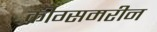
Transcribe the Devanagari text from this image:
क्रीग्समरीन